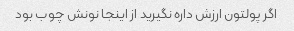
اگر پولتون ارزش داره نگیرید از اینجا نونش چوب بود